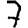
Digit: 7